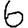
Digit: 6